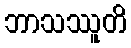
ဘာသဿူတိ